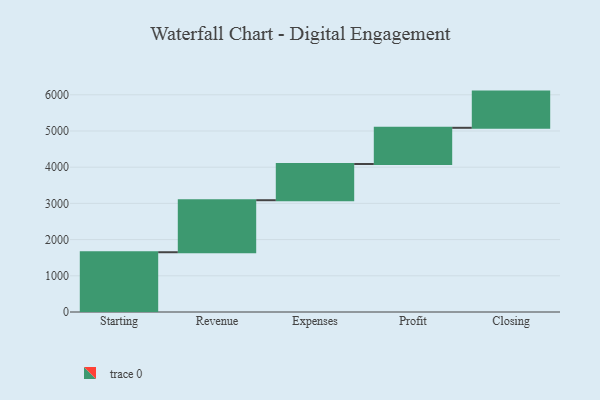
{"axis": {"x": "Step", "y": "Value"}, "legend": [""], "data": [{"x": "Starting", "y": 1651.0, "type": ""}, {"x": "Revenue", "y": 1437.0, "type": ""}, {"x": "Expenses", "y": 1000, "type": ""}, {"x": "Profit", "y": 1000, "type": ""}, {"x": "Closing", "y": 1000, "type": ""}]}